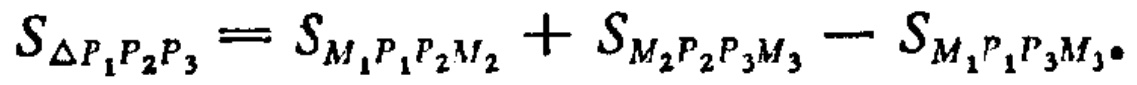
\[S_{\triangle P_{1}P_{2}P_{3}} = S_{M_{1}P_{1}P_{2}M_{2}} + S_{M_{2}P_{2}P_{3}M_{3}} - S_{M_{1}P_{1}P_{3}M_{3}}.\]